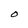
Character: O